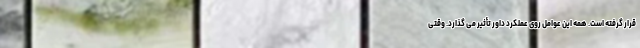
قرار گرفته است. همه این عوامل روی عملکرد داور تأثیر می گذارد. وقتی